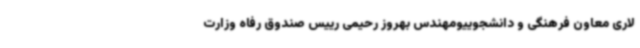
لاری معاون فرهنگی و دانشجوییومهندس بهروز رحیمی رییس صندوق رفاه وزارت